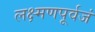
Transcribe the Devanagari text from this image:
लक्ष्मणपूर्वजं